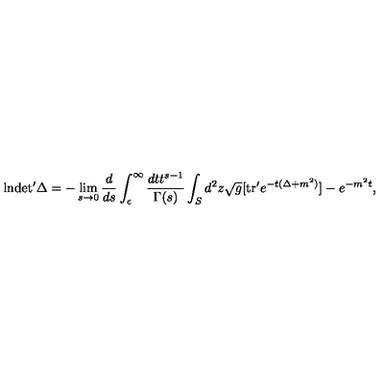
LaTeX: \mathrm { l n } \mathrm { d e t ^ { \prime } } \Delta = - \lim _ { s \to 0 } { \frac { d } { d s } } \int _ { \epsilon } ^ { \infty } { \frac { d t t ^ { s - 1 } } { \Gamma ( s ) } } \int _ { S } d ^ { 2 } z { \sqrt { g } } [ \mathrm { t r ^ { \prime } } e ^ { - t ( \Delta + m ^ { 2 } ) } ] - e ^ { - m ^ { 2 } t } ,